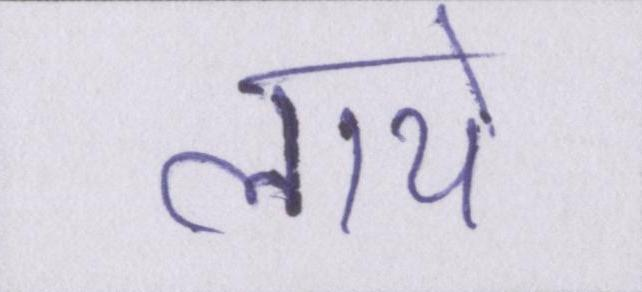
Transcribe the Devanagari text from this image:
लाये।